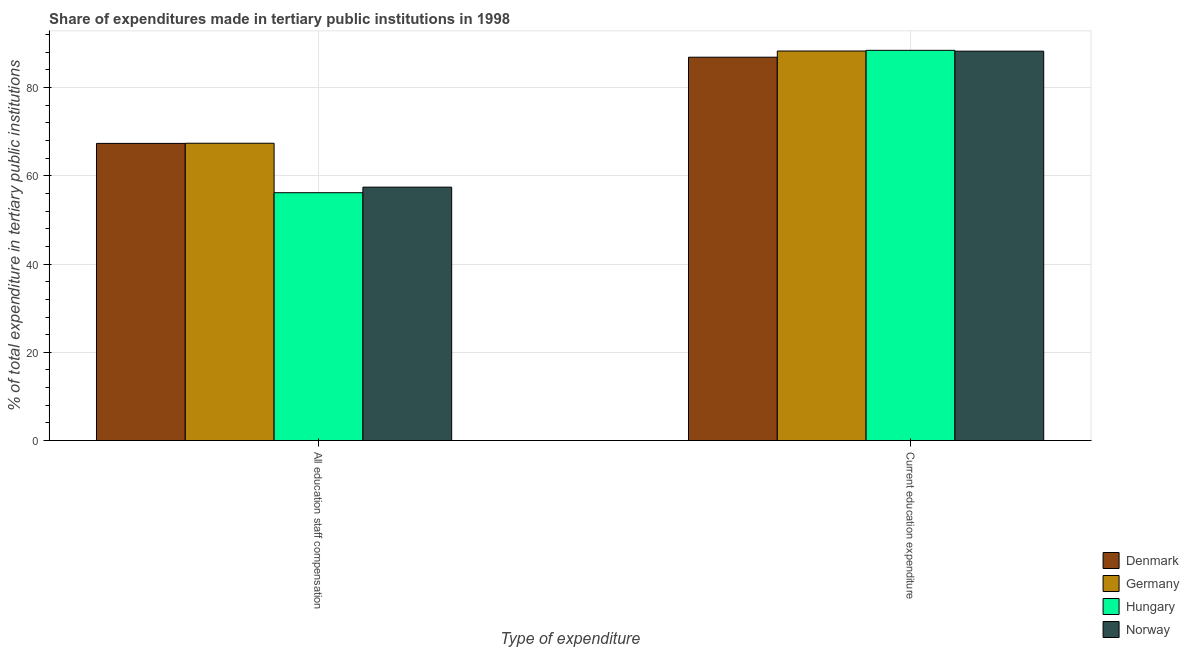
| Type of expenditure | Denmark | Germany | Hungary | Norway |
 | --- | --- | --- | --- | --- |
 | All education staff compensation | 67.4 | 67.4 | 56.2 | 57.4 |
 | Current education expenditure | 86.9 | 88.3 | 88.4 | 88.3 |